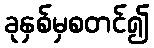
ခုနှစ်မှစတင်၍